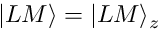
| L M \rangle = | L M \rangle _ { z }